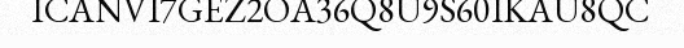
ICANVI7GEZ2OA36Q8U9S60IKAU8QC